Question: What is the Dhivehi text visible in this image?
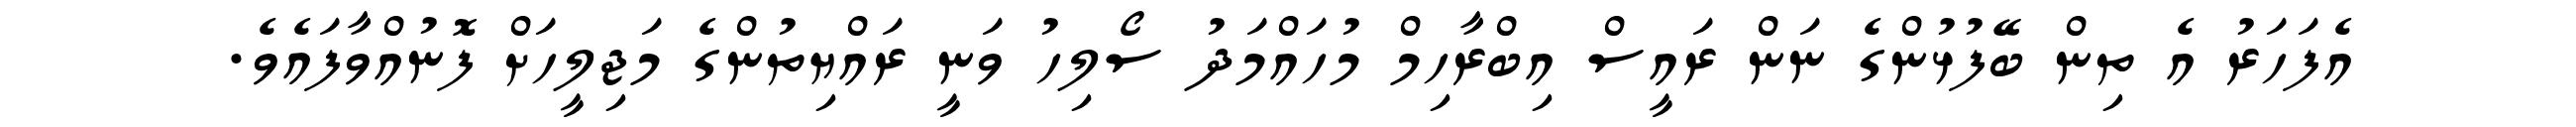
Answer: އެފަހަރު އެ ތިން ބޭފުޅުންގެ ނަން ރައީސް އިބްރާހިމް މުހައްމަދު ސޯލިހު ވަނީ ރައްޔިތުންގެ މަޖިލީހަށް ފޮނުއްވާފައެވެ.